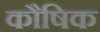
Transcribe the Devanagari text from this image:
कौषिक